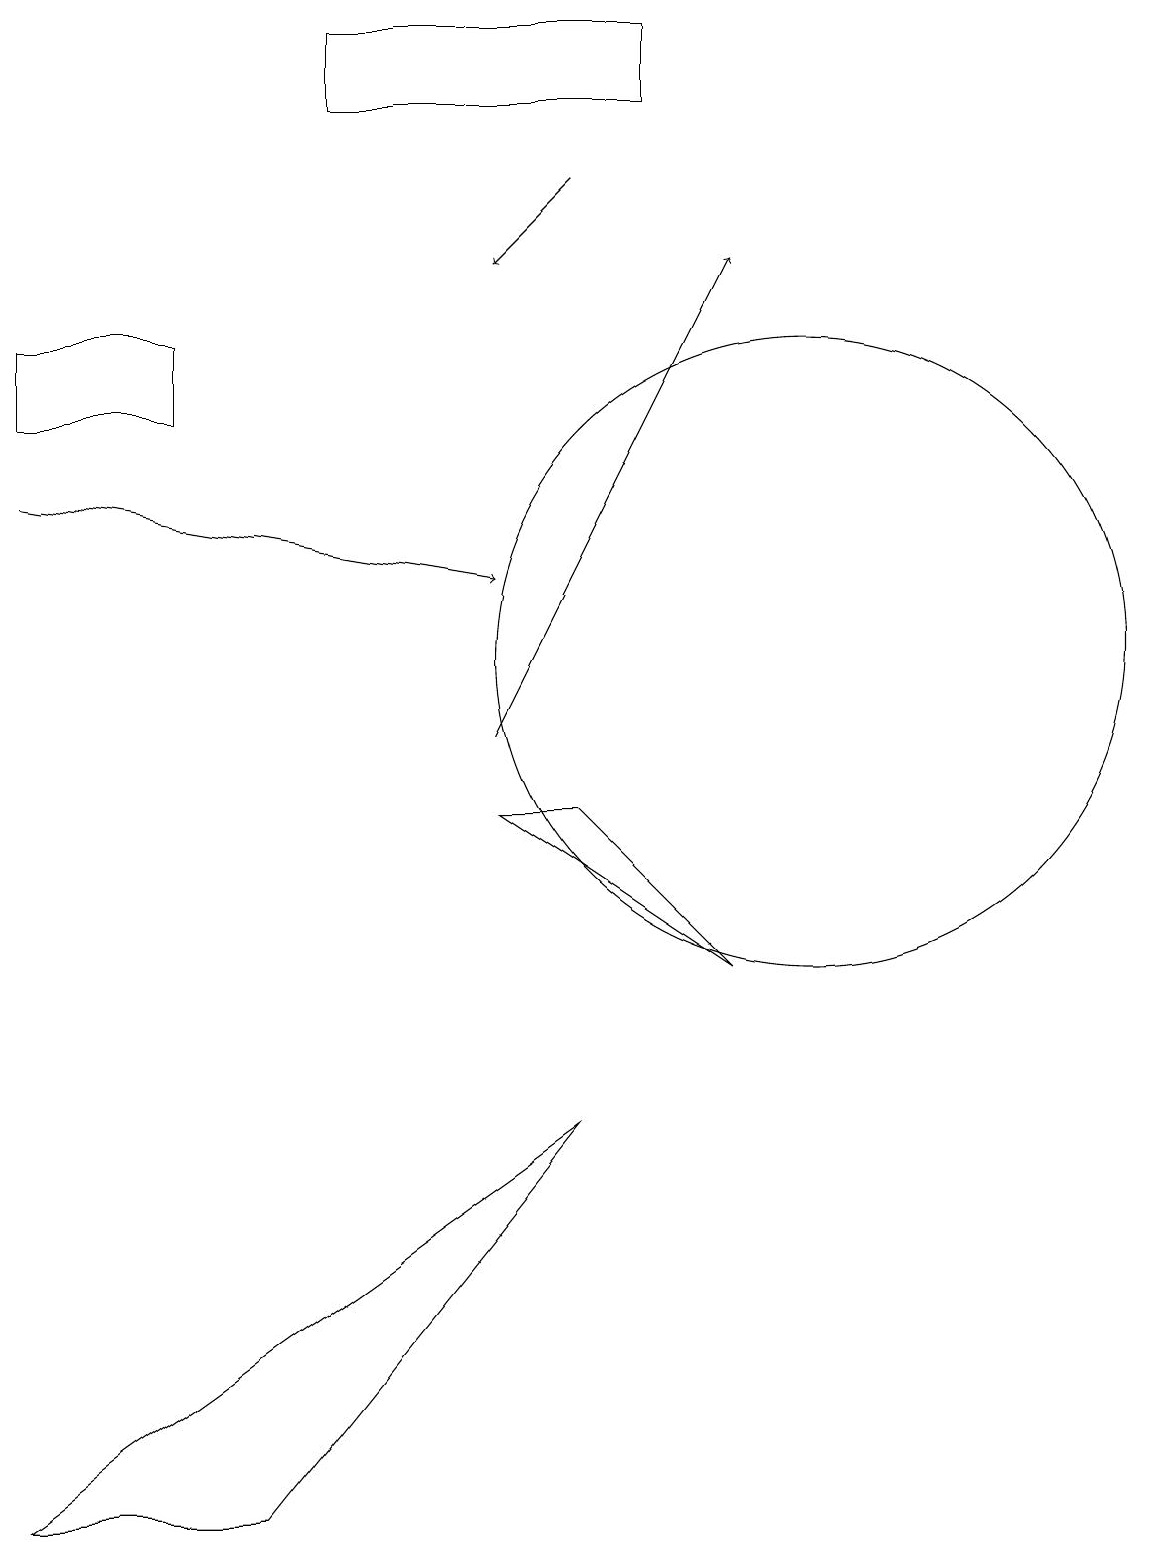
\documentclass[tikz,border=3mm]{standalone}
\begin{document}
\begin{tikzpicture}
\draw (2,15) rectangle (0,14);
\draw[->] (0,13) -- (6,12);
\draw (3,0) -- (7,5) -- (0,0) -- cycle;
\draw (10,11) circle (4);
\draw[->] (6,10) -- (9,16);
\draw (6,9) -- (9,7) -- (7,9) -- cycle;
\draw (4,19) rectangle (8,18);
\draw[->] (7,17) -- (6,16);
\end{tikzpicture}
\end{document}